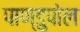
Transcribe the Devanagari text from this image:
पाण्डुपोल